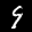
Label: 9